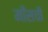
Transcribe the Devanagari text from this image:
माँसची